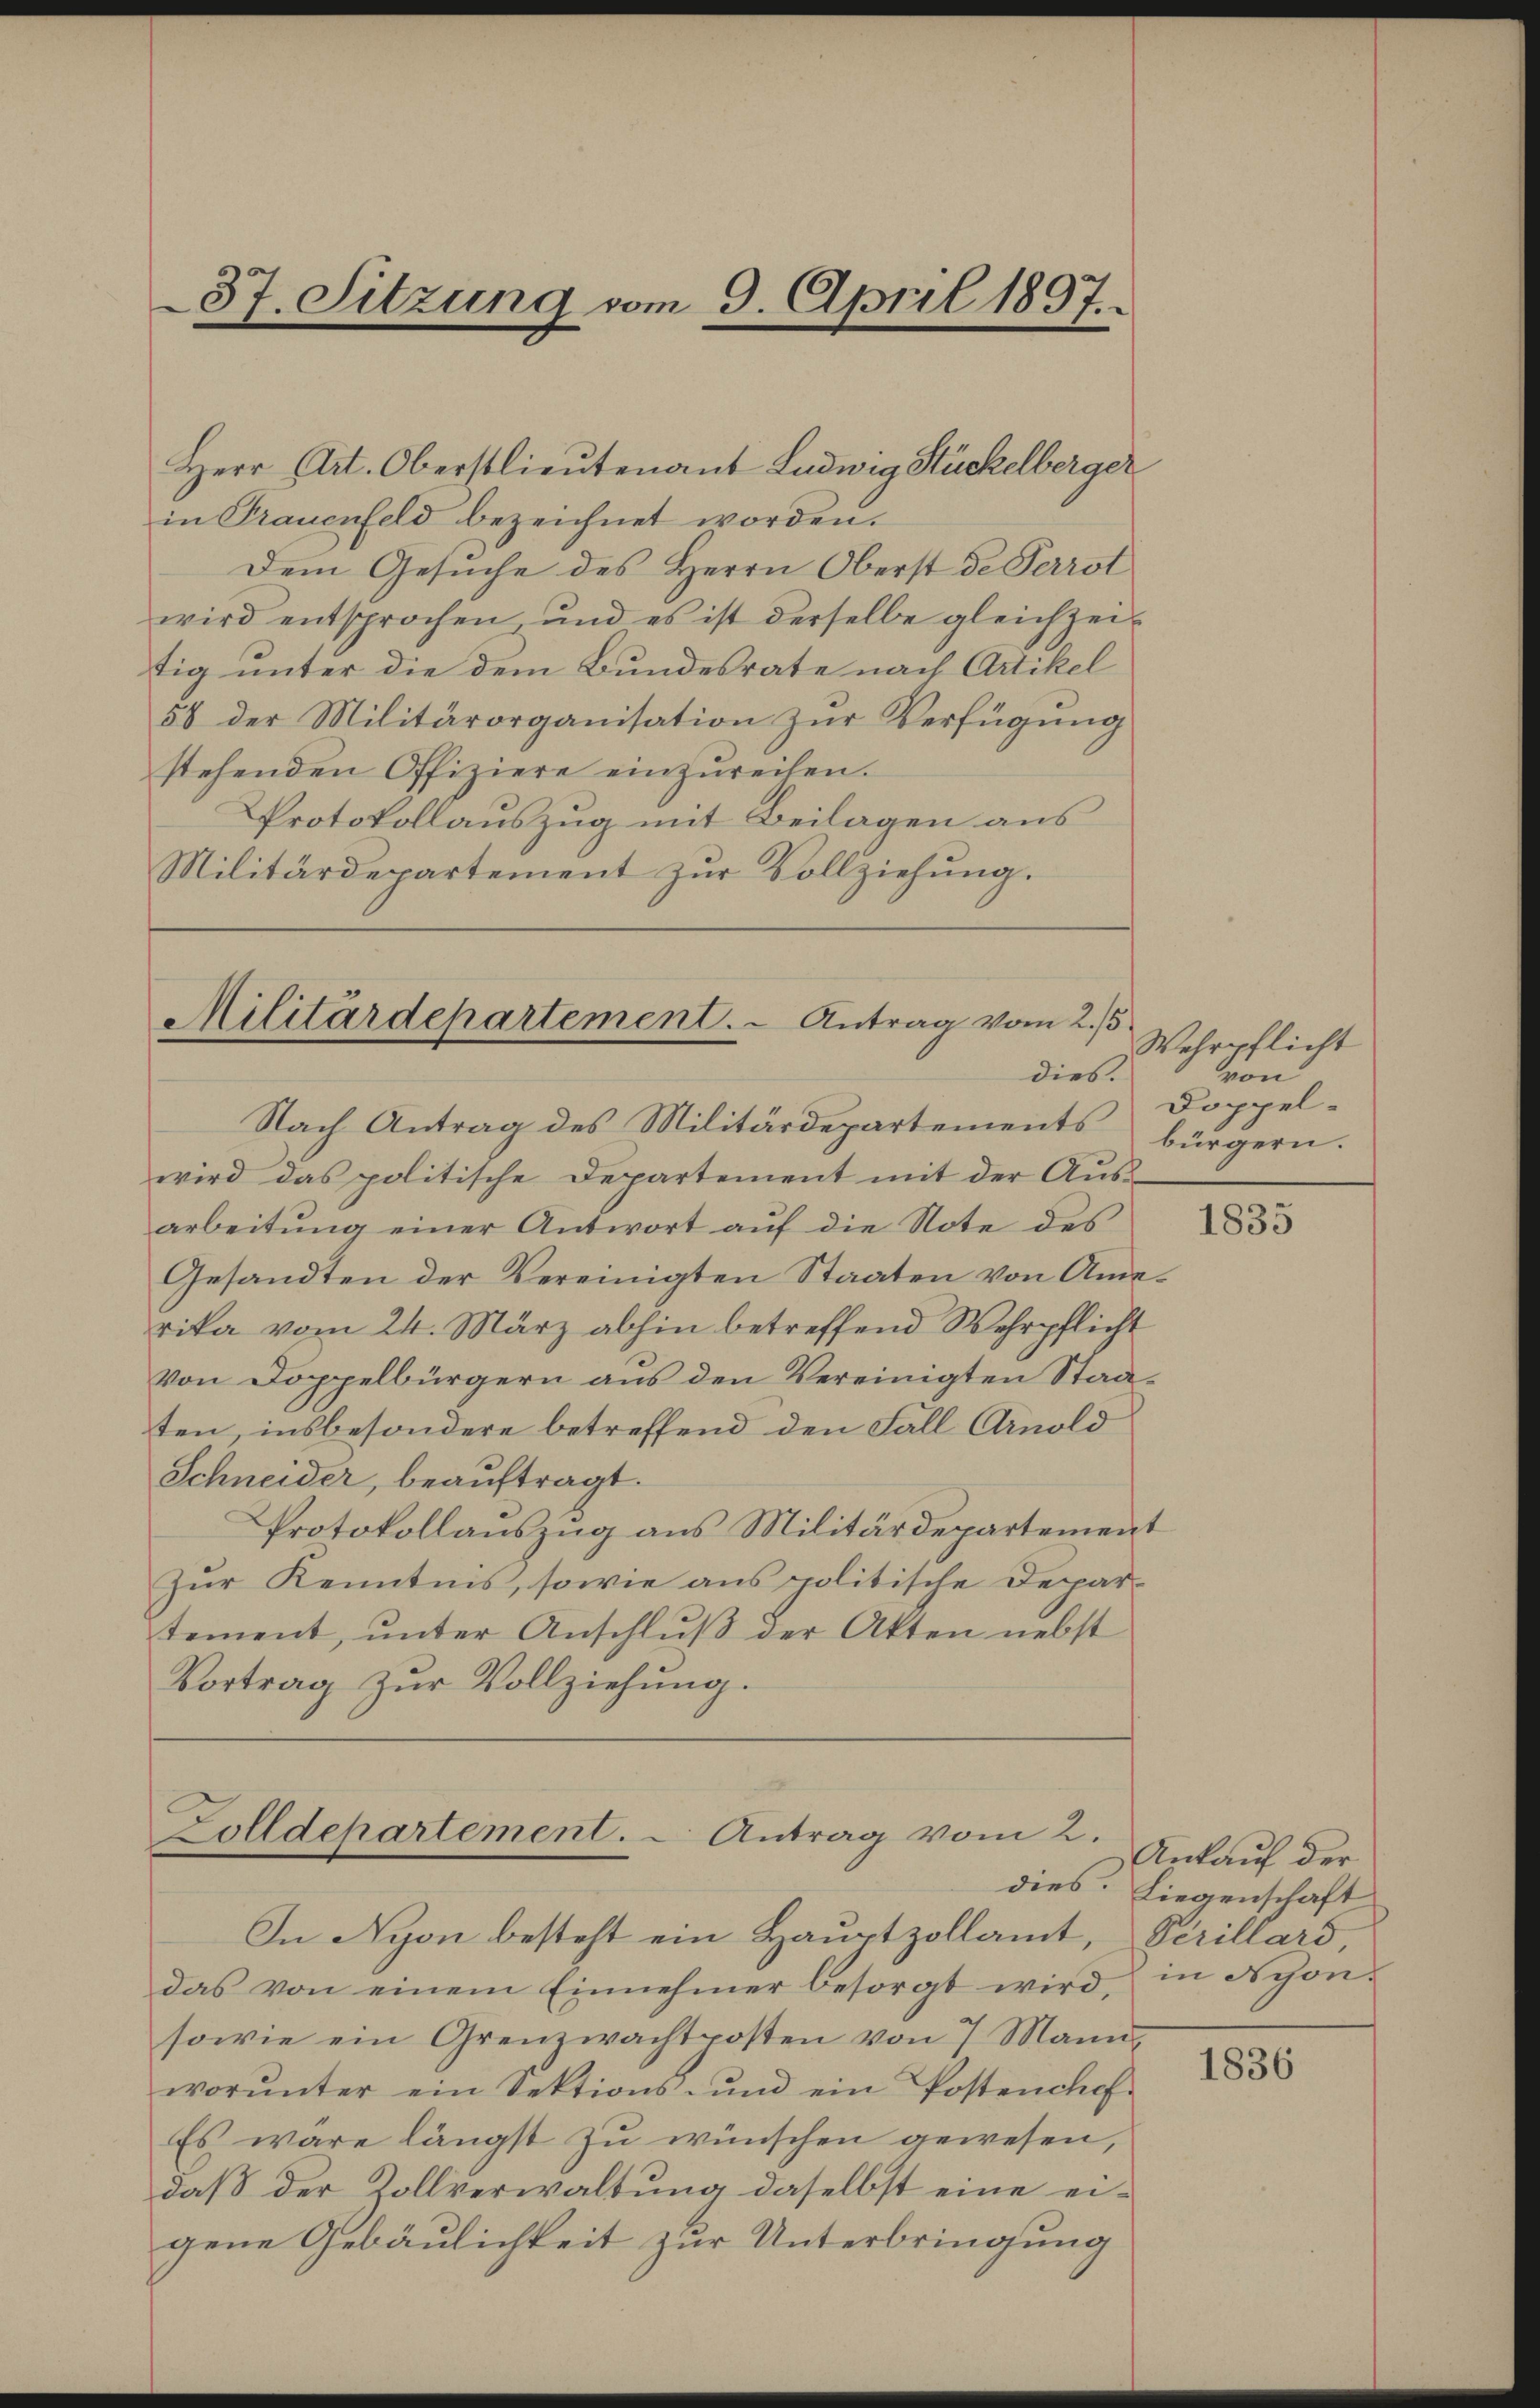
Herr Art. Oberstlieutenant Ludwig Stückelberger
in Trauenfeld bezeichnet worden.
Dem Gesuche des Herrn Oberst de Perrot
wird entsprochen, und es ist derselbe gleichzeit
tig unter die dem Bundesrate nach Artikel
58 der Militärorganisation zŭr Verfügŭng
stehenden Offiziere einzureihen.
Protokollauszug mit Beilagen aus
Militärdepartement zur Vollziehung.

37. Sitzung vom 9. April 1897.

Militärdepartement. Antrag vom 2./5
dies.
Nach Antrag des Militärdepartements bürgern.

wird das politische Departement mit der Ausarbeitŭng einer Antwort aŭf die Note des
Gesandten der Vereinigten Staaten von Amerika vom 24. März abhin betreffend Wehrpflicht
von Doppelbürgern aus den Vereinigten Staaten, insbesondere betreffend den Fall Arnold
Schneider, beauftragt.
Protokollauszug aus Militärdepartement
Zur Kenntnis, sowie aus politische Departement, ŭnter Anschlŭβ der Akten nebst
Vortrag zur Vollziehung.

Zolldepartement. - Antrag vom 2.

In Nyon besteht ein Hauptzollamt, Perillard,
das von einem Einnehmer besorgt wird,
sowie ein Grenzwachtposten von 7 Mann
worŭnter ein Sektions- und ein Postenchef-
Es wäre längst zu wünschen gewesen,
daß der Zollverwaltung daselbst eine eigene Gebäulichkeit zur Unterbringung

Wehrpflicht
von
Doppel¬

1835

Ankauf der
dies. Liegenschaft
in Nyon.

1836